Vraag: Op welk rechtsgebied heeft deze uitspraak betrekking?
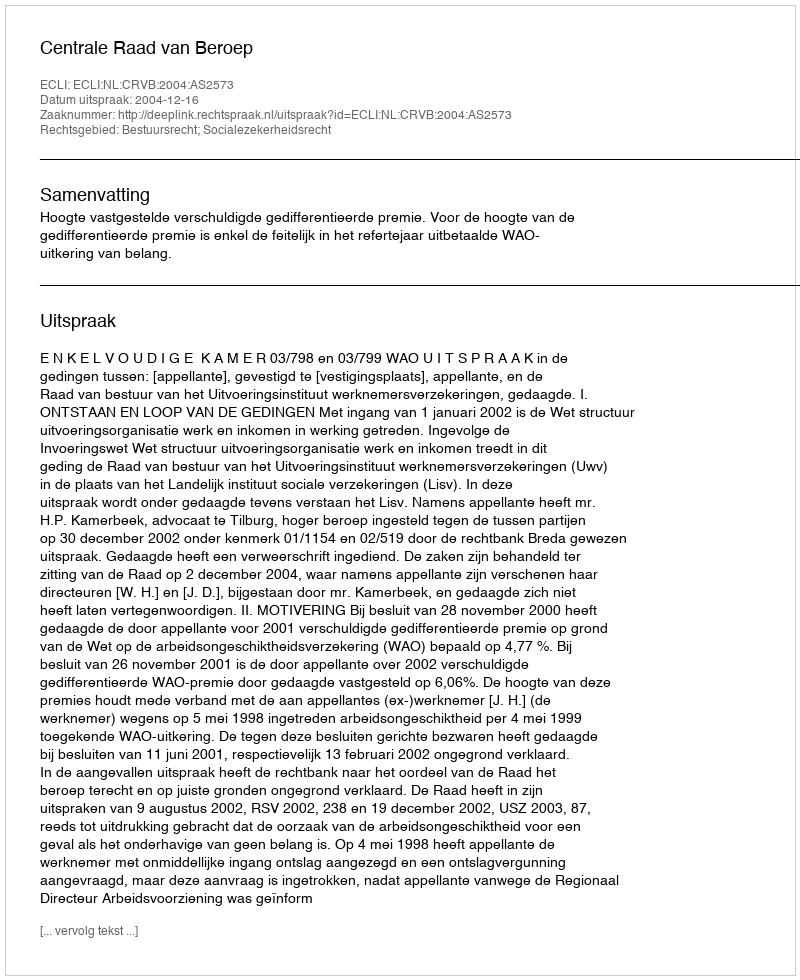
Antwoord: Bestuursrecht; Socialezekerheidsrecht